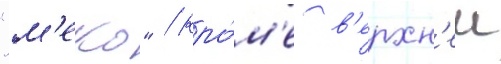
"м'еко" / кро́м'е в'ерхн'еи